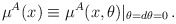
\begin{align*}\mu^A(x)\equiv \mu^A(x,\theta)| _{\theta =d\theta =0}\,.\end{align*}